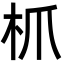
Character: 枛